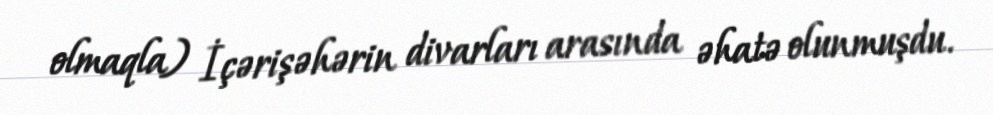
olmaqla) İçərişəhərin divarları arasında əhatə olunmuşdu.